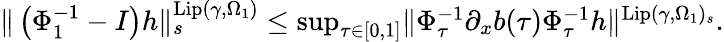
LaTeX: \begin{array}{r}{\rVert\left(\Phi_{1}^{-1}-I\right)h\rVert_{s}^{\mathrm{Lip}(\gamma,\Omega_{1})}\le\operatorname*{sup}_{\tau\in[0,1]}\rVert\Phi_{\tau}^{-1}\partial_{x}b(\tau)\Phi_{\tau}^{-1}h\rVert^{\mathrm{Lip}(\gamma,\Omega_{1})_{s}}.}\end{array}